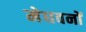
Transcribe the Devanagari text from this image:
मेघवनों